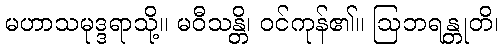
မဟာသမုဒ္ဒရာသို့။ မဝီသန္တိ၊ ဝင်ကုန်၏။ ဩဘရန္တုတိ၊